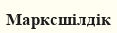
Марксшілдік